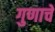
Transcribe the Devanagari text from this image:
गुणाचें